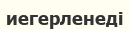
иегерленеді